Report on the working of the mental hospitals for Indians in Bihar and Orissa - 1925-1929
Year: 1925
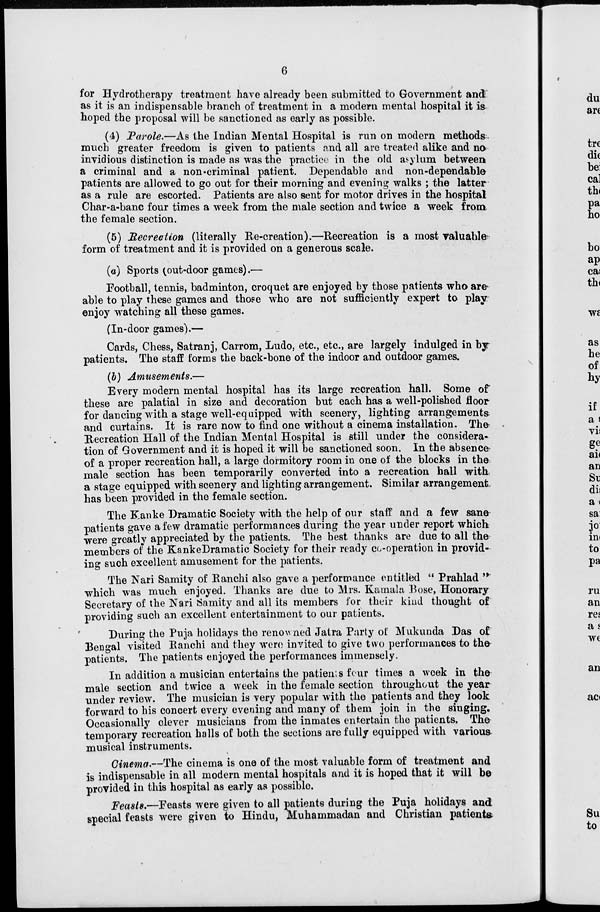
6
for Hydrotherapy treatment have already been submitted to Government and
as it is an indispensable branch of treatment in a modern mental hospital it is
hoped the proposal will be sanctioned as early as possible.
(4) Parole.—As the Indian Mental Hospital is run on modern methods
much greater freedom is given to patients and all are treated alike and no
invidious distinction is made as was the practice in the old asylum between
a criminal and a non-criminal patient. Dependable and non-dependable
patients are allowed to go out for their morning and evening walks ; the latter
as a rule are escorted. Patients are also sent for motor drives in the hospital
Char-a-banc four times a week from the male section and twice a week from
the female section.
(5) Recreation (literally Re-creation).—Recreation is a most valuable
form of treatment and it is provided on a generous scale.
(a) Sports (out-door games).—
Football, tennis, badminton, croquet are enjoyed by those patients who are
able to play these games and those who are not sufficiently expert to play
enjoy watching all these games.
(In-door games).—
Cards, Chess, Satranj, Carrom, Ludo, etc., etc., are largely indulged in by
patients. The staff forms the back-bone of the indoor and outdoor games.
(b) Amusements.—
Every modern mental hospital has its large recreation hall. Some of
these are palatial in size and decoration but each has a well-polished floor
for dancing with a stage well-equipped with scenery, lighting arrangements
and curtains. It is rare now to find one without a cinema installation. The
Recreation Hall of the Indian Mental Hospital is still under the considera-
tion of Government and it is hoped it will be sanctioned soon. In the absence-
of a proper recreation hall, a large dormitory room in one of the blocks in the
male section has been temporarily converted into a recreation hall with
a stage equipped with scenery and lighting arrangement. Similar arrangement
has been provided in the female section.
The Kanke Dramatic Society with the help of our staff and a few sane
patients gave a few dramatic performances during the year under report which
were greatly appreciated by the patients. The best thanks are due to all the
members of the Kanke Dramatic Society for their ready co-operation in provid-
ing such excellent amusement for the patients.
The Nari Samity of Ranchi also gave a performance entitled " Prahlad "
which was much enjoyed. Thanks are due to Mrs. Kamala Bose, Honorary
Secretary of the Nari Samity and all its members for their kind thought of
providing such an excellent entertainment to our patients.
During the Puja holidays the renowned Jatra Party of Mukunda Das of
Bengal visited Ranchi and they were invited to give two performances to the
patients. The patients enjoyed the performances immensely.
In addition a musician entertains the patients four times a week in the
male section and twice a week in the female section throughout the year
under review. The musician is very popular with the patients and they look
forward to his concert every evening and many of them join in the singing.
Occasionally clever musicians from the inmates entertain the patients. The
temporary recreation halls of both the sections are fully equipped with various
musical instruments.
Cinema.—The cinema is one of the most valuable form of treatment and
is indispensable in all modern mental hospitals and it is hoped that it will be
provided in this hospital as early as possible.
Feasts.—Feasts were given to all patients during the Puja holidays and
special feasts were given to Hindu, Muhammadan and Christian patients